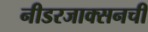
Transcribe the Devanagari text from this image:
नीडरजाक्सनची